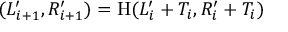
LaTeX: ( L _ { i + 1 } ^ { \prime } , R _ { i + 1 } ^ { \prime } ) = \mathrm { H } ( L _ { i } ^ { \prime } + T _ { i } , R _ { i } ^ { \prime } + T _ { i } )